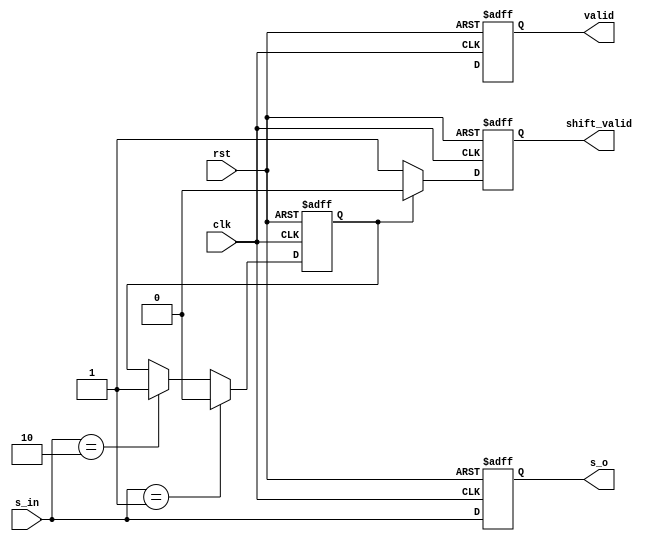
module shift_s
(   
    input clk,
    input rst,
    input [2:0] s_in,
    output reg shift_valid,
    output reg valid,
    output reg [2:0] s_o
);
reg shift_valid_next,valid_next;
reg [4:0] counter,counter_next;
reg [4:0] counter2,counter2_next;
reg flag,flag_next;
always@(*)begin
    
    if(s_in == 3'b001)begin
        shift_valid_next = 1;
        flag_next        = 0;
    end 
    else if(s_in == 3'b010)begin
        shift_valid_next = shift_valid;
        flag_next = 1;
    end 
    else begin
        shift_valid_next = shift_valid;
        flag_next        = flag;
    end
  
    if(flag)shift_valid_next = 0;
    else shift_valid_next = 1;

end

    always@(posedge clk or posedge rst)begin
        if(rst)begin
            s_o         <= 3'b0;
            shift_valid <= 1'b1;
            counter     <= 5'b0;
            counter2    <= 5'b0;
            valid       <= 1'b0;
            flag        <= 0;
        end
        else begin
            s_o         <= s_in;
            shift_valid <= shift_valid_next;
            counter     <= counter_next;
            valid       <= valid_next;
            counter2    <= counter2_next;
            flag        <= flag_next;
        end

    end
endmodule